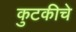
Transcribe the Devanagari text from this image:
कुटकीचे